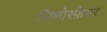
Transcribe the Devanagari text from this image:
लिथोस्फ़ेयर